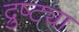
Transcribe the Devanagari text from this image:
द्रुष्ट्या